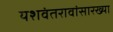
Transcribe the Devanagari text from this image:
यशवंतरावांसारख्या